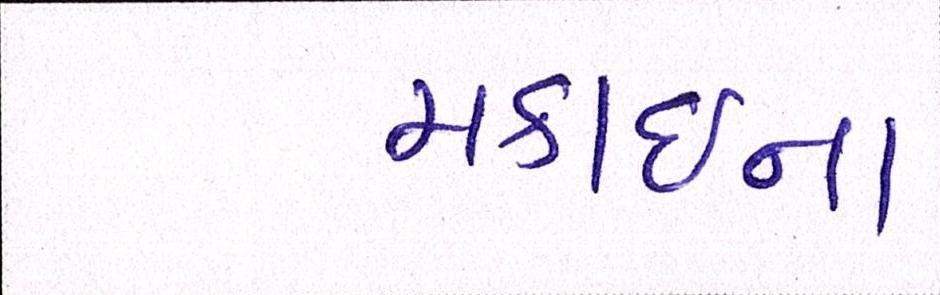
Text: મકાઈના